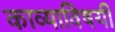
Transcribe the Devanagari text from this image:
काव्याविषयी